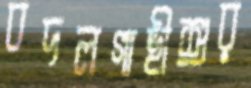
বদলগাছীশুর